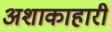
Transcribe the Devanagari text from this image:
अशाकाहारी